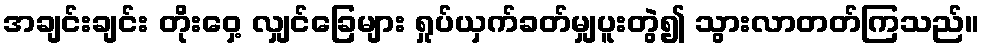
အချင်းချင်း တိုးဝှေ့ လျှင်ခြေများ ရှုပ်ယှက်ခတ်မျှပူးတွဲ၍ သွားလာတတ်ကြသည်။